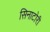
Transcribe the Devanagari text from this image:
सिनाटोरी